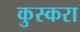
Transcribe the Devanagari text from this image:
कुस्करा